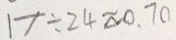
1 7 \div 2 4 \approx 0 . 7 0